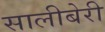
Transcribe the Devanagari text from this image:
सालीबेरी